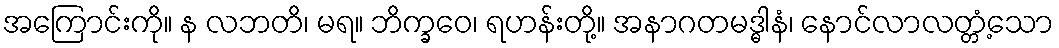
အကြောင်းကို။ န လဘတိ၊ မရ။ ဘိက္ခဝေ၊ ရဟန်းတို့။ အနာဂတမဒ္ဓါနံ၊ နောင်လာလတ္တံ့သော